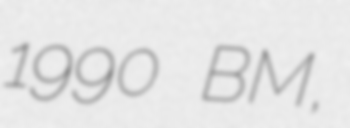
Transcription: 1990 BM,